King Institute of Preventive Medicine Bacteriolog. Section reports 1907-08
Year: 1907
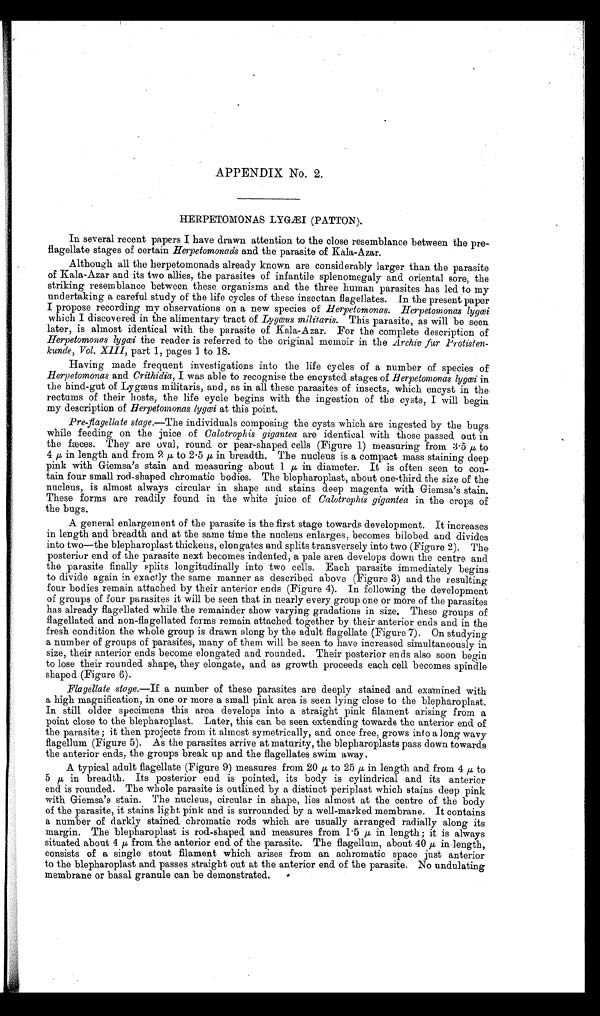
APPENDIX No. 2.
HERPETOMONAS LYGÆI (PATTON).
In several recent papers I have drawn attention to the close resemblance between the pre-
flagellate stages of certain Herpetomonads and the parasite of Kala-Azar.
Although all the herpetomonads already known are considerably larger than the parasite
of Kala-Azar and its two allies, the parasites of infantile splenomegaly and oriental sore, the
striking resemblance between these organisms and the three human parasites has led to my
undertaking a careful study of the life cycles of these insectan flagellates. In the present paper
I propose recording my observations on a new species of Herpetomonas. Herpetomonas lygœi
which I discovered in the alimentary tract of Lygœus militaris. This parasite, as will be seen
later, is almost identical with the parasite of Kala-Azar. For the complete description of
Herpetomonas lygœi the reader is referred to the original memoir in the Archly fur
P r o t i s t e n - k u n d e , V o l . X I I I ,p
a r t 1 , p a g e s 1 t o 1 8 .
Having made frequent investigations into the life cycles of a number of species of
Herpetomonas and Crithidia, I was able to recognise the encysted stages of Herpetomonas lygœi in
the hind-gut of Lygæus militaris, and, as in all these parasites of insects, which encyst in the
rectums of their hosts, the life eycle begins with the ingestion of the cysts, I will begin
my description of Herpetomonas lygœi at this point.
Pre-flagellate stage.—The individuals composing the cysts which are ingested by the bugs
while feeding on the juice of Calotrophis gigantea are identical with those passed out in
the fæces. They are oval, round or pear-shaped cells (Figure 1) measuring from 3. 5 μ to
4 μ in length and from 2 μ to 2 . 5 μ in breadth. The nucleus is a compact mass staining deep
pink with Giemsa's stain and measuring about 1 μ i n d i a m e t e r . I t i s o f t e n s e e n t o
con- tain. four small rod-shaped chromatic bodies. The blepharoplast, about one-third the size of the
nucleus, is almost always circular in shape and stains deep magenta with Giemsa's stain.
These forms are readily found in the white juice of Calotrophis gigantea in the crops of
the bugs.
A general enlargement of the parasite is the first stage towards development. It increases
in length and breadth and at the same time the nucleus enlarges, becomes bilobed and divides
into two—the blepharoplast thickens, elongates and splits transversely into two (Figure 2). The.
posterior end of the parasite next becomes indented, a pale area develops down the centre and
the parasite finally splits longitudinally into two cells. Each parasite immediately begins
to divide again in exactly the same manner as described above (Figure 3) and the resulting
four bodies remain attached by their anterior ends (Figure 4). In following the development
of groups of four parasites it will be seen that in nearly every group one or more of the parasites
has already flagellated while the remainder show varying gradations in size. These groups of
flagellated and non-flagellated forms remain attached together by their anterior ends and in the
fresh condition the whole group is drawn along by the adult flagellate (Figure 7j. On studying
a number of groups of parasites, many of them will be seen to have increased simultaneously- in
size, their anterior ends become elongated and rounded. Their posterior ends also soon begin
to lose their rounded shape, they elongate, and as growth proceeds each cell becomes spindle.
shaped (Figure 6).
Flagellate stage.—If a number of these parasites are deeply stained and examined with
a high magnification, in one or more a small pink area is seen lying close to the blepharoplast.
In still older specimens this area develops into a straight pink filament arising from a
point close to the blepharoplast. Later, this can be seen extending towards the anterior end of
the parasite ; it then projects from it almost symetrically, and once free, grows into a long wavy
flagellum (Figure 5). As the parasites arrive at maturity, the blepharoplasts pass down towards.
the anterior ends, the groups break up and the flagellates swim away.
A typical adult flagellate (Figure 9) measures from 20 μ to 25 μ in length and from 4 μ to.
5 in breadth. Its posterior end is pointed, its body is cylindrical and its anterior
end is rounded. The whole parasite is outlined by a distinct periplast which stains deep pink
with Giemsa's stain. The nucleus, circular in shape, lies almost at the centre of the body
of the parasite, it stains light pink and is surrounded by a well-marked membrane. It contains
a number of darkly stained chromatic rods which are usually arranged radially along its
margin. The blepharoplast is rod-shaped and measures from 1 . 5 μ in length; it is always
situated about 4μ from the anterior end of the parasite. The flagellum, about 40 μ in length,
consists of a single stout filament which arises from an achromatic space just anterior
to the blepharoplast and passes straight out at the anterior end of the parasite. No undulating
membrane or basal granule can be demonstrated.